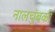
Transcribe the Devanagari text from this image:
नालचुंबकों